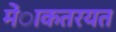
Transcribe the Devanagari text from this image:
मेंाकतरयत